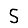
Digit: 5